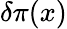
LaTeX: \delta\pi(x)